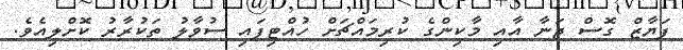
ފަޔާޒް ގޮސް ޖަނާ އާއި މާކިންގެ ކުރިމައްޗަށް ހުއްޓިފައި ސުވާލު ތަކުރާރު ކޮށްލިއެވެ.